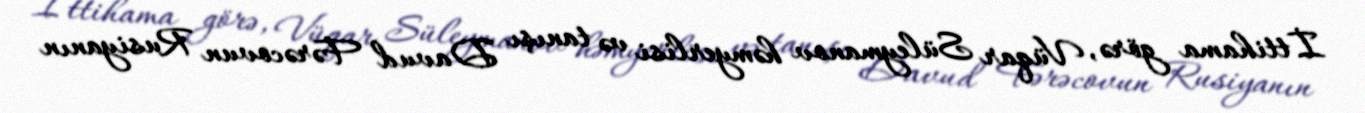
İttihama görə, Vüqar Süleymanov həmyerlisi və tanışı Davud Fərəcovun Rusiyanın